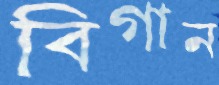
বিগান